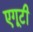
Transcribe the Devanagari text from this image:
एगूटी